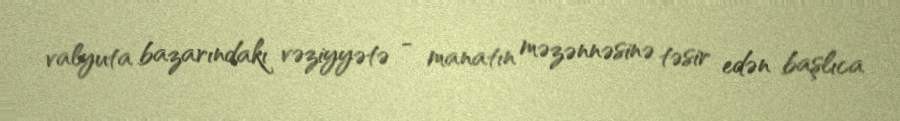
valyuta bazarındakı vəziyyətə - manatın məzənnəsinə təsir edən başlıca